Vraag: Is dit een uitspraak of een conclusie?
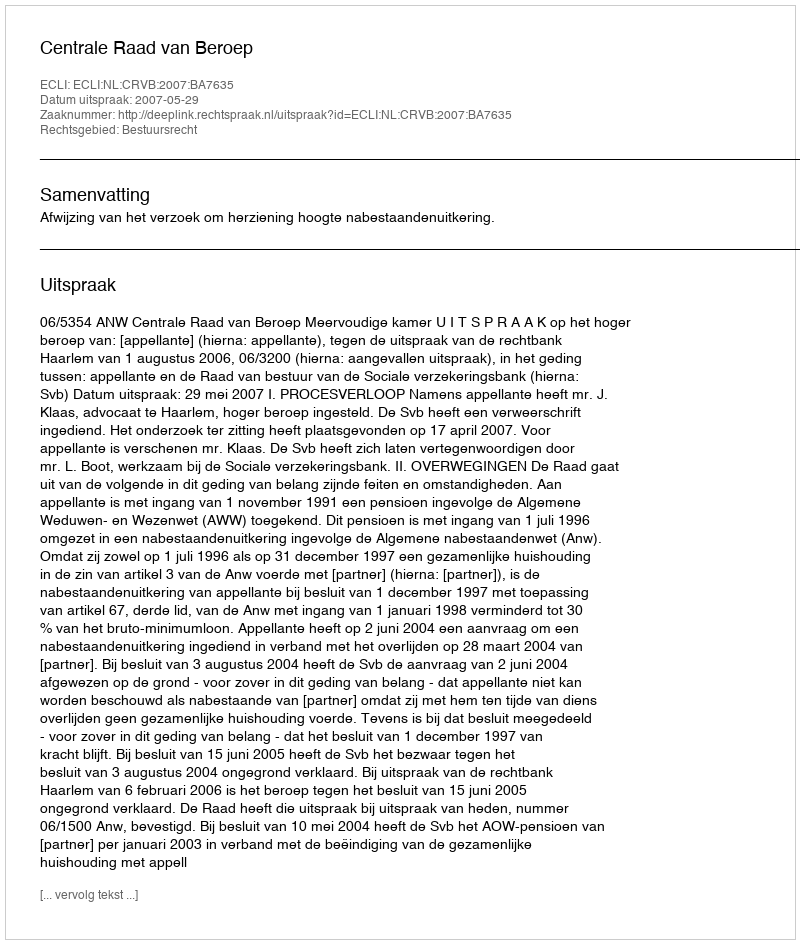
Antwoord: Uitspraak